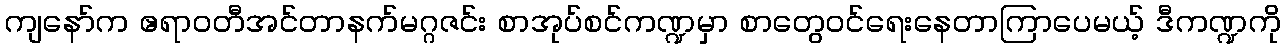
ကျနော်က ဧရာဝတီအင်တာနက်မဂ္ဂဇင်း စာအုပ်စင်ကဏ္ဍမှာ စာတွေဝင်ရေးနေတာကြာပေမယ့် ဒီကဏ္ဍကို